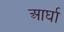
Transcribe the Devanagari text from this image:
आर्घा